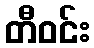
တီဝင်း